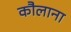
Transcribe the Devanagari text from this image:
कौलाना